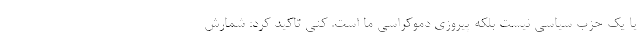
یا یک حزب سیاسی نیست بلکه پیروزی دموکراسی ما است. کنی تاکید کرد: شمارش